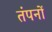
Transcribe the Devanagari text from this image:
तंपनों